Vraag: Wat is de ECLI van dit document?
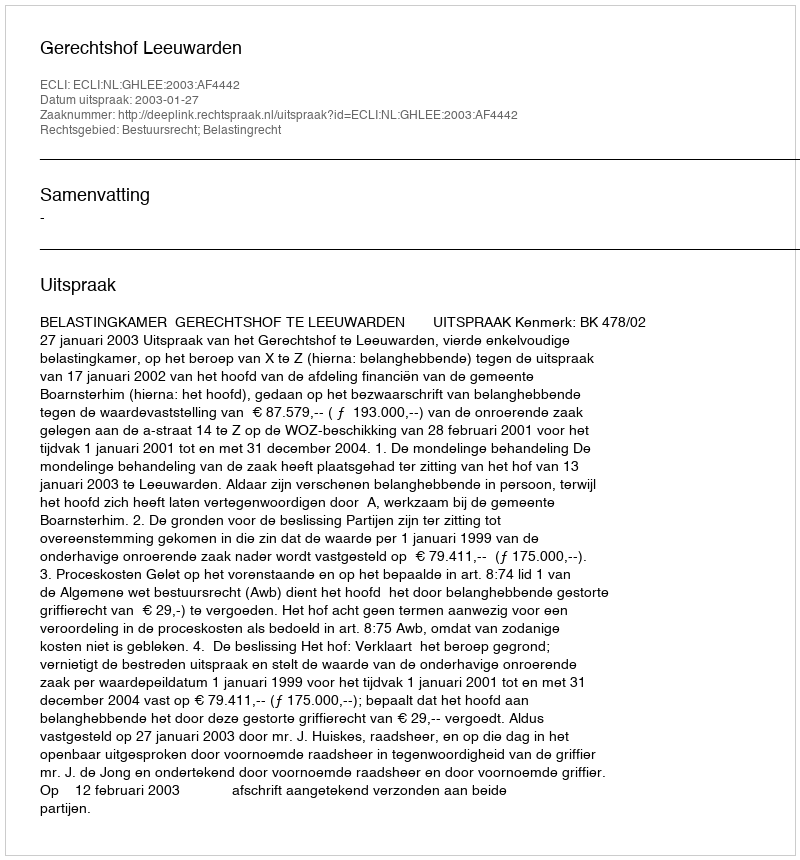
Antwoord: ECLI:NL:GHLEE:2003:AF4442